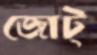
জোট্‌